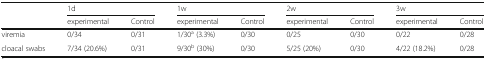
<table><thead><tr><td rowspan="2"></td><td colspan="2"><b>1d</b></td><td colspan="2"><b>1w</b></td><td colspan="2"><b>2w</b></td><td colspan="2"><b>3w</b></td></tr><tr><td><b>experimental</b></td><td><b>Control</b></td><td><b>experimental</b></td><td><b>Control</b></td><td><b>experimental</b></td><td><b>Control</b></td><td><b>experimental</b></td><td><b>Control</b></td></tr></thead><tbody><tr><td>viremia</td><td>0/34</td><td>0/31</td><td>1/30<sup>a</sup> (3.3%)</td><td>0/30</td><td>0/25</td><td>0/30</td><td>0/22</td><td>0/28</td></tr><tr><td>cloacal swabs</td><td>7/34 (20.6%)</td><td>0/31</td><td>9/30<sup>b</sup> (30%)</td><td>0/30</td><td>5/25 (20%)</td><td>0/30</td><td>4/22 (18.2%)</td><td>0/28</td></tr></tbody></table>